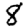
Digit: 8